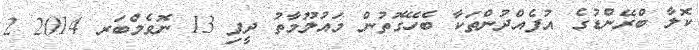
ކޮލާ ބްރޭންޑުގެ އުފެއްދުންތަކާ ބެހޭގޮތުން މައުލޫމާތު ދީފި 13 ނޮވެމްބަރ 2014 2